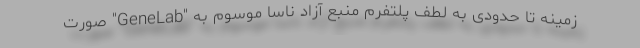
زمینه تا حدودی به لطف پلتفرم منبع آزاد ناسا موسوم به "GeneLab" صورت